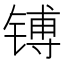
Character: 镈